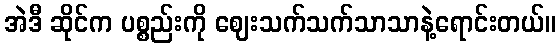
အဲဒီ ဆိုင်က ပစ္စည်းကို ဈေးသက်သက်သာသာနဲ့ရောင်းတယ်။